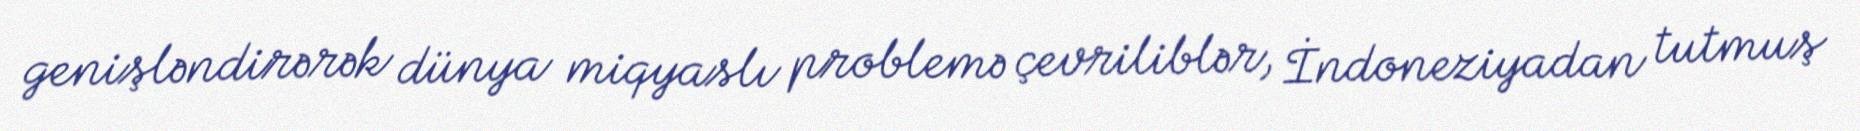
genişləndirərək dünya miqyaslı problemə çevriliblər, İndoneziyadan tutmuş